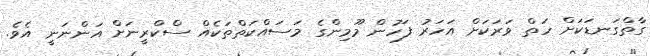
ގާތްގަނޑަކަށް ހަތް ވަރަކަށް އަހަރު ފަހުން މޫމިންގެ މަސައްކަތްތަކެއް ސްކްރީނަށް އަންނަނީ އެވެ.